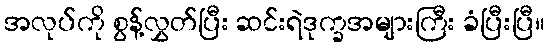
အလုပ်ကို စွန့်လွှတ်ပြီး ဆင်းရဲဒုက္ခအများကြီး ခံပြီးပြီ။